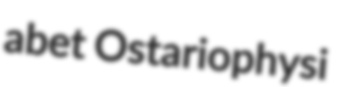
abet Ostariophysi